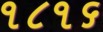
૧૮૧૬